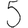
Digit: 5